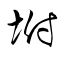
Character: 坿